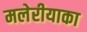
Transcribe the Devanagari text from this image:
मलेरीयाका